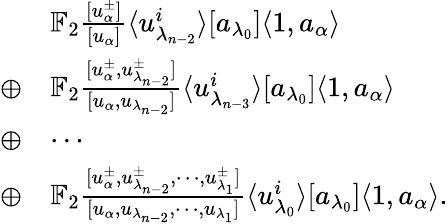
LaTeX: \begin{array}{rl}&{\mathbb{F}_{2}\frac{[u_{\alpha}^{\pm}]}{[u_{\alpha}]}\langle u_{\lambda_{n-2}}^{i}\rangle[a_{\lambda_{0}}]\langle 1,a_{\alpha}\rangle}\\ {\oplus}&{\mathbb{F}_{2}\frac{[u_{\alpha}^{\pm},u_{\lambda_{n-2}}^{\pm}]}{[u_{\alpha},u_{\lambda_{n-2}}]}\langle u_{\lambda_{n-3}}^{i}\rangle[a_{\lambda_{0}}]\langle 1,a_{\alpha}\rangle}\\ {\oplus}&{\cdots}\\ {\oplus}&{\mathbb{F}_{2}\frac{[u_{\alpha}^{\pm},u_{\lambda_{n-2}}^{\pm},\cdots,u_{\lambda_{1}}^{\pm}]}{[u_{\alpha},u_{\lambda_{n-2}},\cdots,u_{\lambda_{1}}]}\langle u_{\lambda_{0}}^{i}\rangle[a_{\lambda_{0}}]\langle 1,a_{\alpha}\rangle.}\end{array}